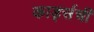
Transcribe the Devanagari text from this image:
कार्ड्सची